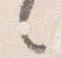
之